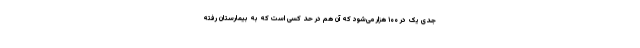
جدی یک در ۱۰۰ هزار می‌شود که آن هم در حد کسی است که به بیمارستان رفته